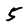
Character: 5